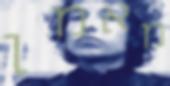
מאמן